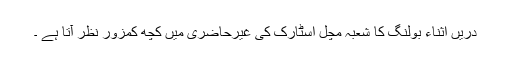
دریں اثناء بولنگ کا شعبہ مچل اسٹارک کی غیرحاضری میں کچھ کمزور نظر آتا ہے ۔